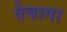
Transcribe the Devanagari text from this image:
तेबागा